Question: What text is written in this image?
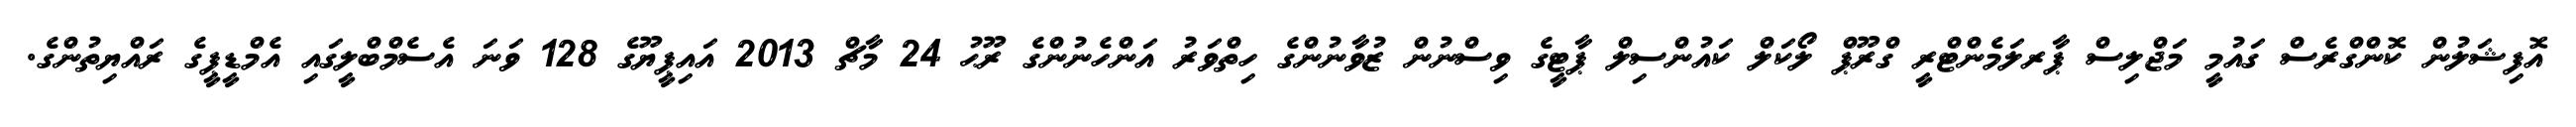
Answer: އޮފިޝަލުން ކޮންގްރެސް ގައުމީ މަޖްލިސް ޕާރލަމެންޓްރީ ގްރޫޕް ލޯކަލް ކައުންސިލް ޕާޓީގެ ވިސްނުން ޒުވާނުންގެ ހިތްވަރު އަންހެނުންގެ ރޫޙު 24 މާޗް 2013 އައިޕީޔޫގެ 128 ވަނަ އެސެމްބްލީގައި އެމްޑީޕީގެ ރައްޔިތުންގެ.